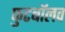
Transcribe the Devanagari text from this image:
फुटबॉलव